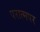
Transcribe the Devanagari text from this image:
परात्मपर